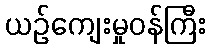
ယဉ်ကျေးမှုဝန်ကြီး